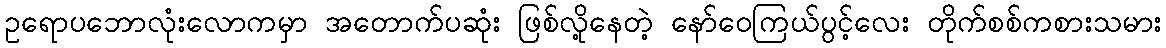
ဥရောပဘောလုံးလောကမှာ အတောက်ပဆုံး ဖြစ်လို့နေတဲ့ နော်ဝေကြယ်ပွင့်လေး တိုက်စစ်ကစားသမား